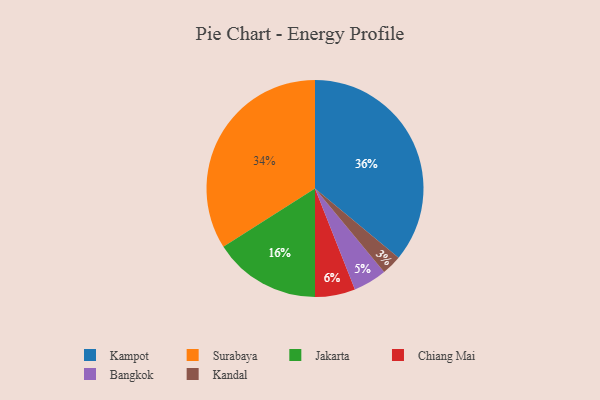
{"axis": {"x": "Category", "y": "Percentage"}, "legend": ["Bangkok", "Chiang Mai", "Jakarta", "Kampot", "Kandal", "Surabaya"], "data": [{"x": "Jakarta", "y": 16, "type": "Jakarta"}, {"x": "Kandal", "y": 3, "type": "Kandal"}, {"x": "Kampot", "y": 36, "type": "Kampot"}, {"x": "Bangkok", "y": 5, "type": "Bangkok"}, {"x": "Chiang Mai", "y": 6, "type": "Chiang Mai"}, {"x": "Surabaya", "y": 34, "type": "Surabaya"}]}